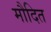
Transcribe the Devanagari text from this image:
मौदित